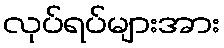
လုပ်ရပ်များအား